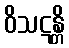
ဝိသဋန္တိ